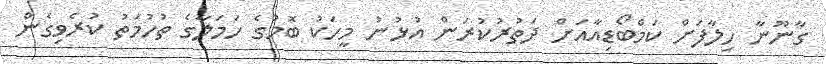
ގާނޫނާ ހިލާފަށް ކަމްބޯޑިއާއަށް ދަތުރުކުރަން އުޅުނު މީހަކު ބޮމުގެ ހަމަލާގެ ތުހުމަތު ކުުރެވިގެން